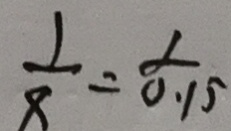
\frac { 1 } { 8 } = \frac { 1 } { 0 . 1 5 }